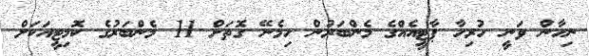
ނިހާން ވަނީ ހުރިހާ ޕާޓީއެއްގެ މެންބަރުން ހިމެނޭ ގޮތަށް 11 މެންބަރުގެ ކޮމިޓީއަކަށް